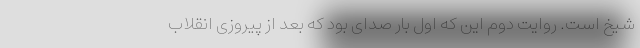
شیخ است. روایت دوم این که اول بار صدای بود که بعد از پیروزی انقلاب